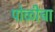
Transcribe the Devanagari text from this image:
पोळीचा